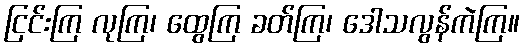
ငြင်းကြ လုကြ၊ ထွေကြ ခတ်ကြ၊ ဒေါသလွန်ကဲကြ။